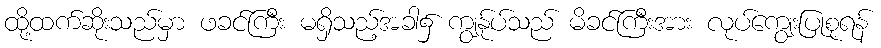
ထို့ထက်ဆိုးသည်မှာ ဖခင်ကြီး မရှိသည့်အခါ၌ ကျွန်ုပ်သည် မိခင်ကြီးအား လုပ်ကျွေးပြုစုရန်